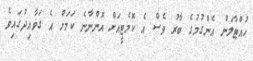
ހުއްޓާލަން އެންގުމުގެ ބާރު ވެސް އެ ކޮމެޓީއަށް އޮންނާނެ ކަމަށް އެ ގަވާއިދުގައިވެ